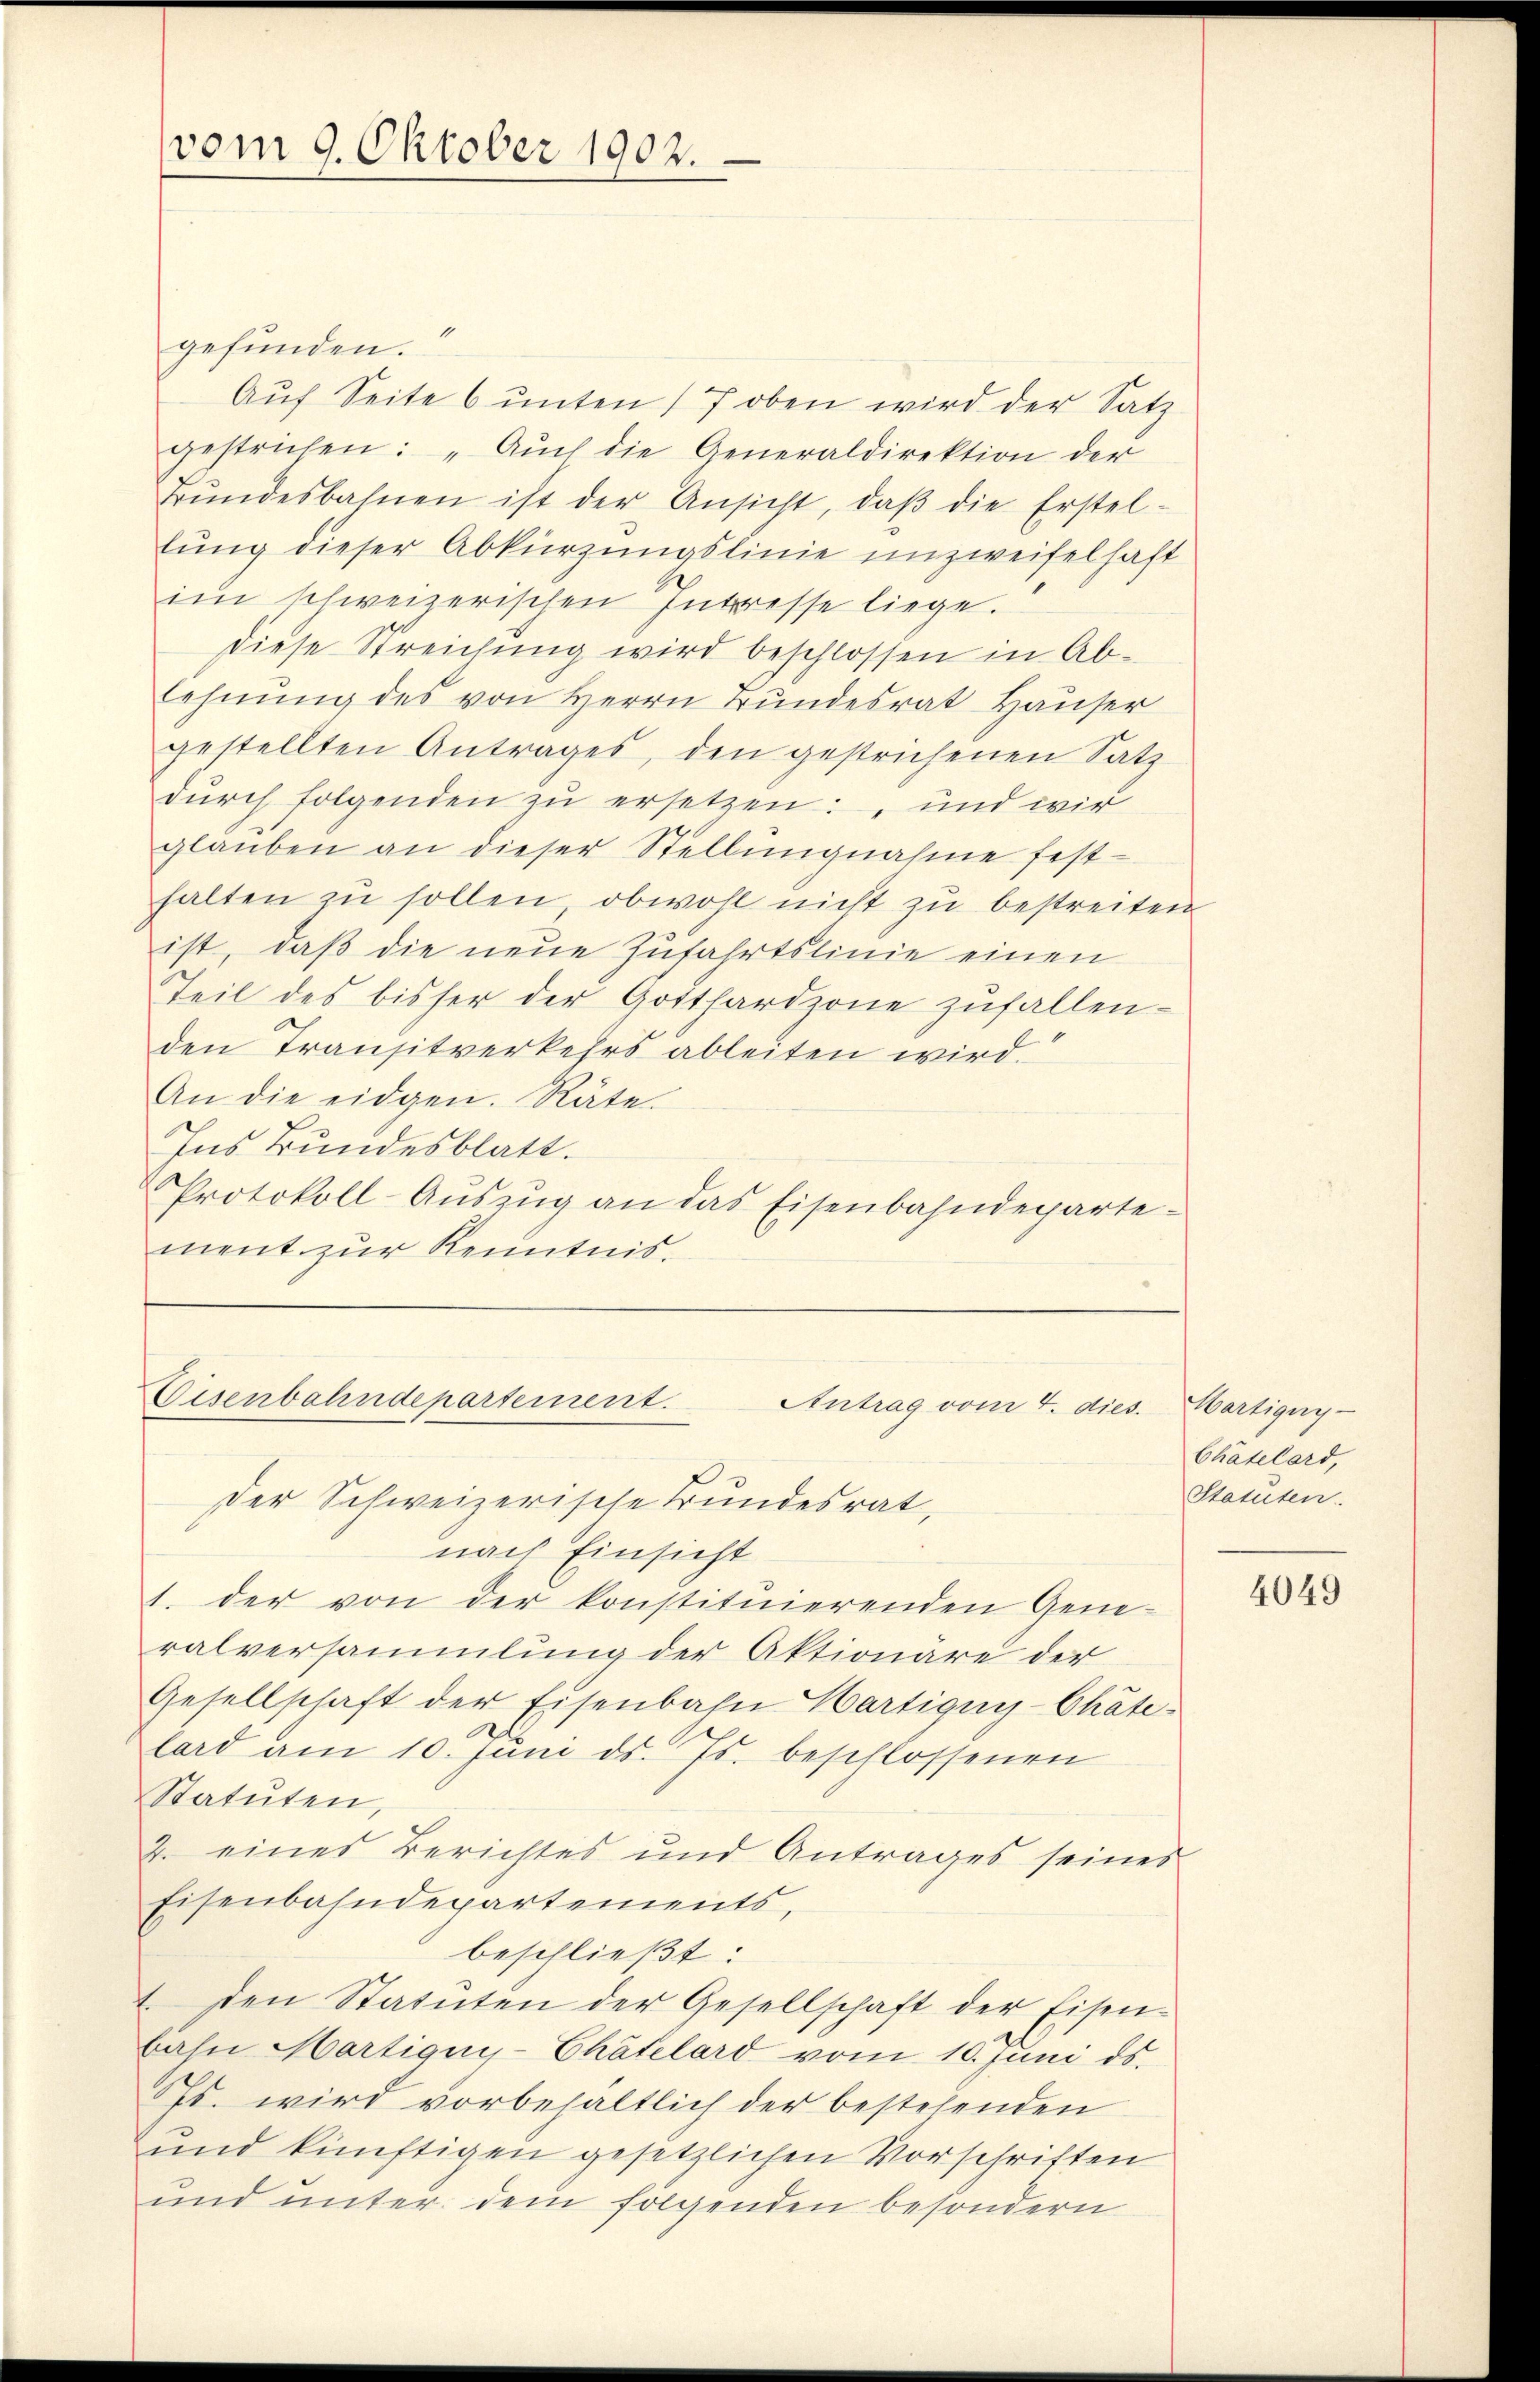
vom 9. Oktober 1902.

1
gefunden.
Auf Seite 6 unten (7 oben wird der Satz
gestrichen: „Aŭch die Generaldirektion der
Bŭndesbahnen ist der Ansicht, daβ die Erstel-
lung dieser Abkürzungslinie unzweifelhaft
im schweizerischen Intresse liege.
diese Streichung wird beschlossen in Ablehnŭng des von Herrn Bundesrat Hauser
gestellten Antrages, den gestrichenen Satz
dŭrch folgenden zŭ ersetzen: „und wir
glauben an dieser Stellungnahme festhalten zu sollen obwohl nicht zu bestreiten
ist, daß die neue Zufahrtslinie einen
Teil des bisher der Gotthardzone zufallen.
den Transitverkehrs ableiten wird.
An die eidgen. Räte.
Ins Bundesblatt.
Protokoll-Auszug an das Eisenbahndepartement zur Kenntnis.

Eisenbahndepartement.
Antrag vom 4. dies.
der Schweizerische Bundesrat,

nach Einsicht
1. der von der konstituierenden Gene-
ralversammlung der Aktionäre der
Gesellschaft der Eisenbahn Hartigny-Chätelard am 10. Jŭni d. Js. beschlossenen
Statuten,
2. eines Berichtes und Antrages seines
Eisenbahndepartements,
beschließt:
1. den Statŭten der Gesellschaft der Eisen-
bahn Martigny-Chätelard vom 10. Juni ds.
Ps. wird vorbehaltlich der bestehenden
und künftigen gesetzlichen Vorschriften
und unter dem folgenden besondern

Martigny-
Chätelard,
Statuten.

4049